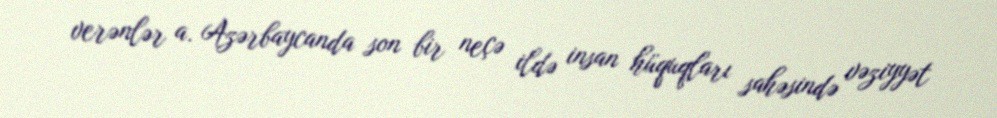
verənlər a. Azərbaycanda son bir neçə ildə insan hüquqları sahəsində vəziyyət